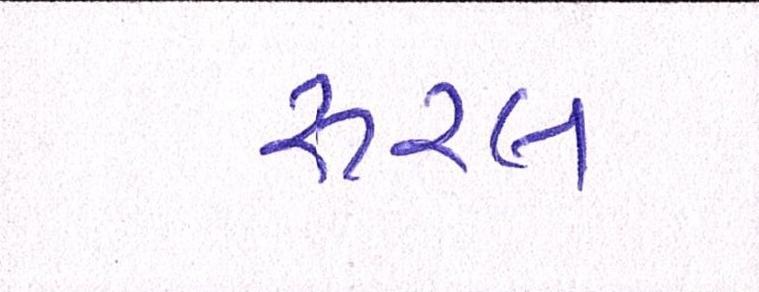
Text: રૂરલ